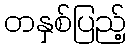
တနှစ်ပြည့်